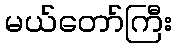
မယ်တော်ကြီး